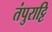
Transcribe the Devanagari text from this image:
तंपुराट्टि